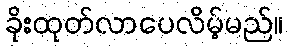
ခိုးထုတ်လာပေလိမ့်မည်။